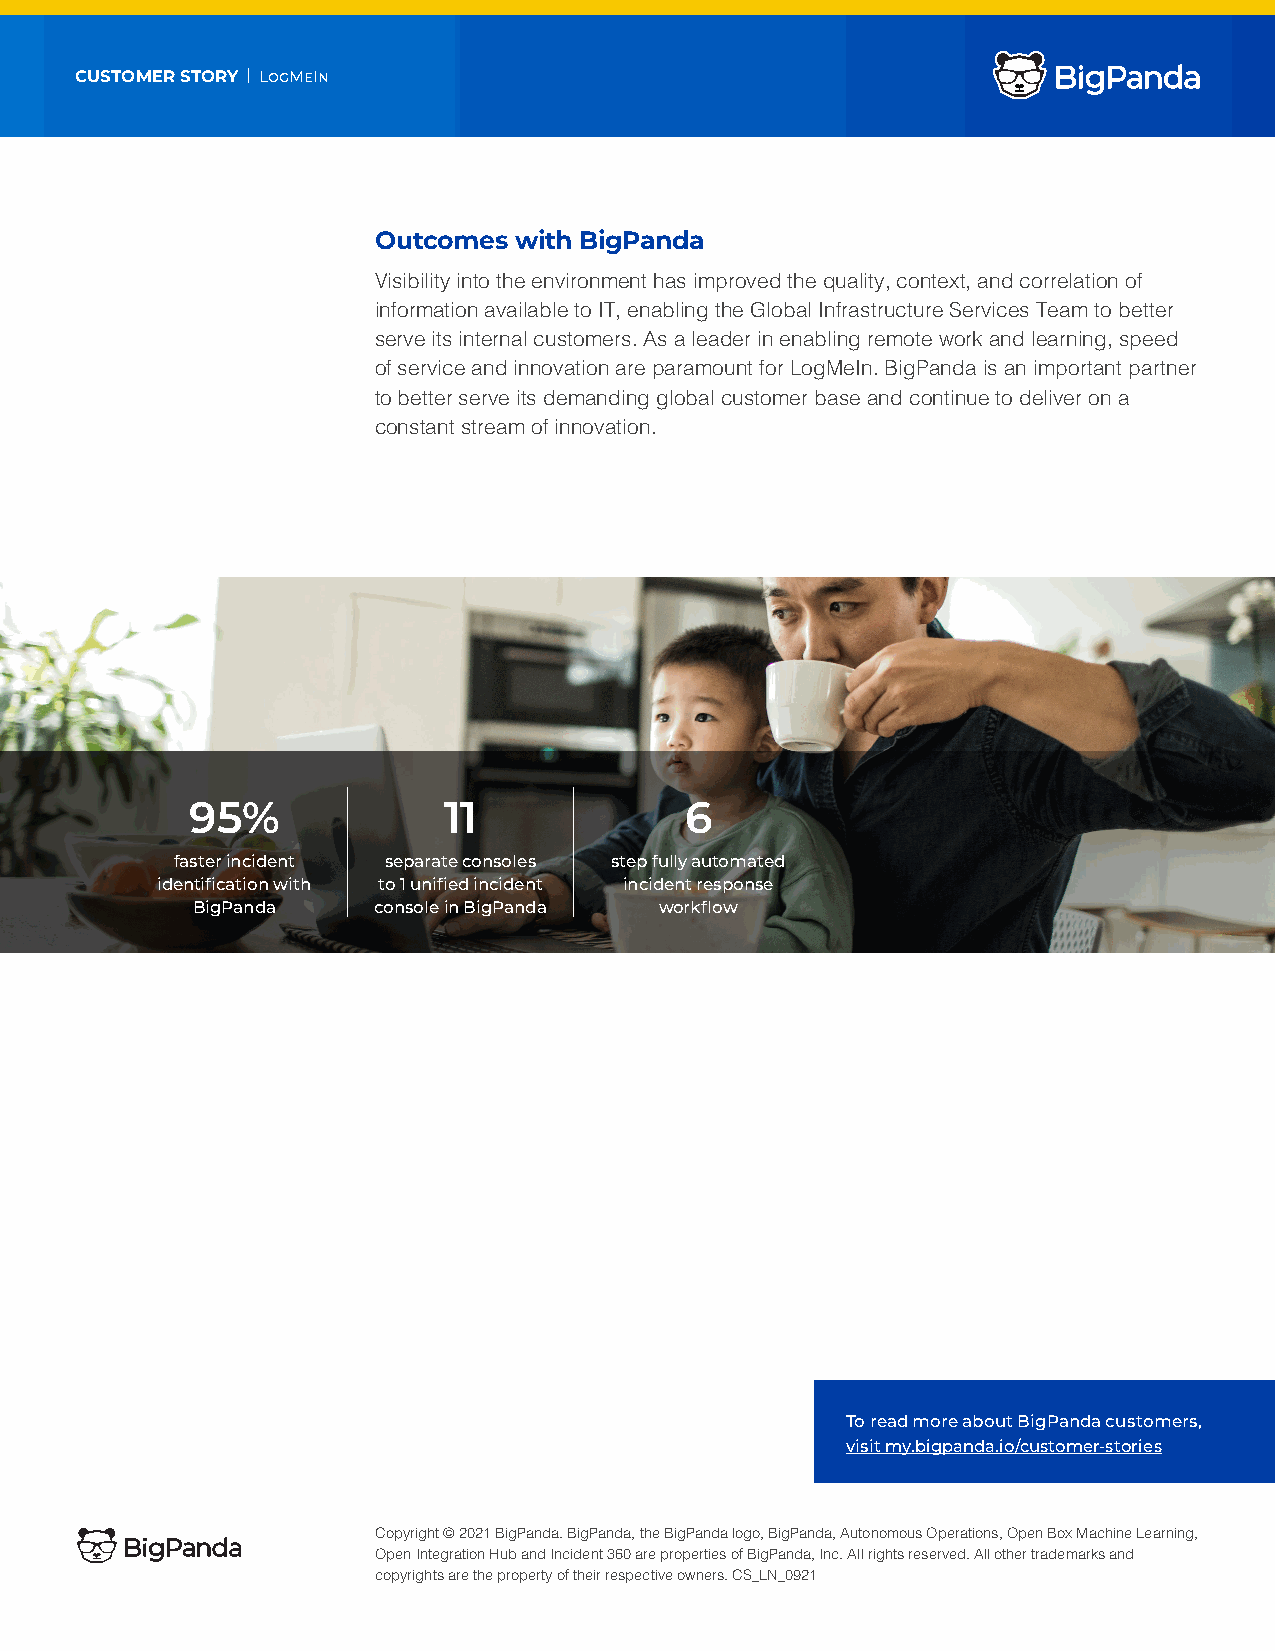
CUSTOMER STORY | LogMeIn
 Outcomes with BigPanda
 Visibility into the environment has improved the quality, context, and correlation of
 information available to IT, enabling the Global Infrastructure Services Team to better
 serve its internal customers. As a leader in enabling remote work and learning, speed
 of service and innovation are paramount for LogMeIn. BigPanda is an important partner
 to better serve its demanding global customer base and continue to deliver on a
 constant stream of innovation.
 95%             11              6
 faster incident separate consoles step fully automated
 identification with to 1 unified incident incident response
 BigPanda    console in BigPanda workflow
 To read more about BigPanda customers,
 visit my.bigpanda.io/customer-stories
 Copyright © 2021 BigPanda. BigPanda, the BigPanda logo, BigPanda, Autonomous Operations, Open Box Machine Learning,
 Open Integration Hub and Incident 360 are properties of BigPanda, Inc. All rights reserved. All other trademarks and
 copyrights are the property of their respective owners. CS_LN_0921